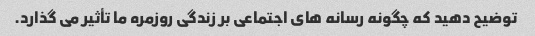
توضیح دهید که چگونه رسانه های اجتماعی بر زندگی روزمره ما تأثیر می گذارد.